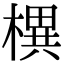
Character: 𣚣